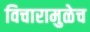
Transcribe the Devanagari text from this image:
विचारामुळेच